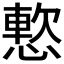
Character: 𫺸